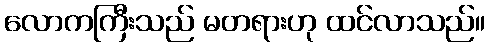
လောကကြီးသည် မတရားဟု ထင်လာသည်။